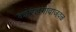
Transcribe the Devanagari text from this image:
कोरडगावाजवळ